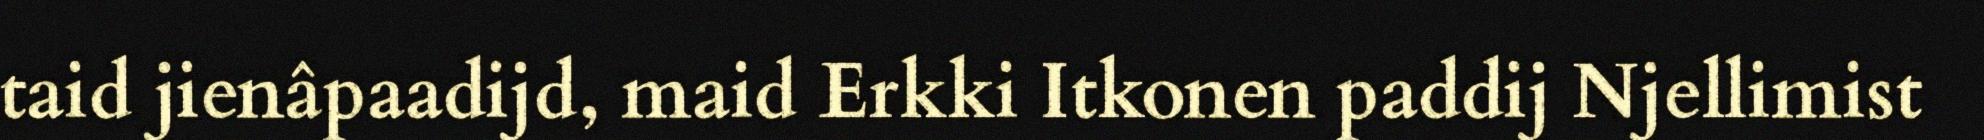
taid jienâpaadijd, maid Erkki Itkonen paddij Njellimist